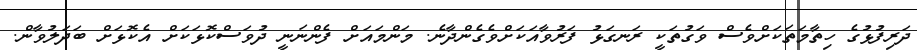
ދަރިފުޅުގެ ހިތާމަތަކަށްވެސް ވަގުތަކީ ރަނގަޅު ފަރުވާއަކަށްވެގެންދާނެ. މަންމައަށް ފެންނަނީ ދުވަސްކޮޅަކަށް އެކޮޅަށް ބަދަލުވާން.